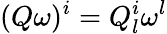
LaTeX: (Q\omega)^{i}=Q_{l}^{i}\omega^{l}